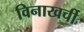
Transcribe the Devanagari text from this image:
विनाखर्ची